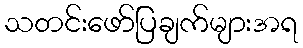
သတင်းဖော်ပြချက်များအရ